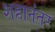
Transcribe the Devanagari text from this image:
शहानंतर